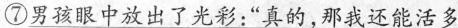
⑦男孩眼中放出了光彩；”真的，那我还能活多